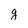
Character: g